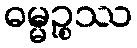
ဓမ္မဉ္စဿ